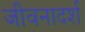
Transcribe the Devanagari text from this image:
जीवनादर्श